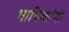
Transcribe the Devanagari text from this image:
भाषिकांनी